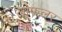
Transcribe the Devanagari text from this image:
लोफलर